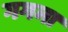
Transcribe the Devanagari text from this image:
गगना